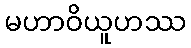
မဟာဝိယူဟဿ